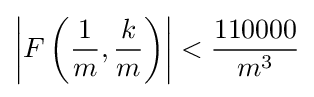
\left\vert F\left({\frac {1}{m}},{\frac {k}{m}}\right)\right\vert <{\frac {110000}{m^{3}}}